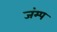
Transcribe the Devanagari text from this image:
जंम्प